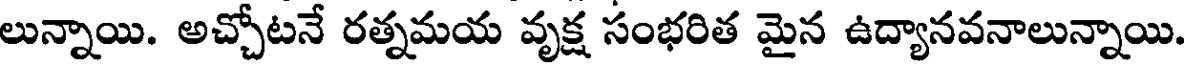
లున్నాయి. అచ్చోటనే రత్నమయ వృక్ష సంభరిత మైన ఉద్యానవనాలున్నాయి.